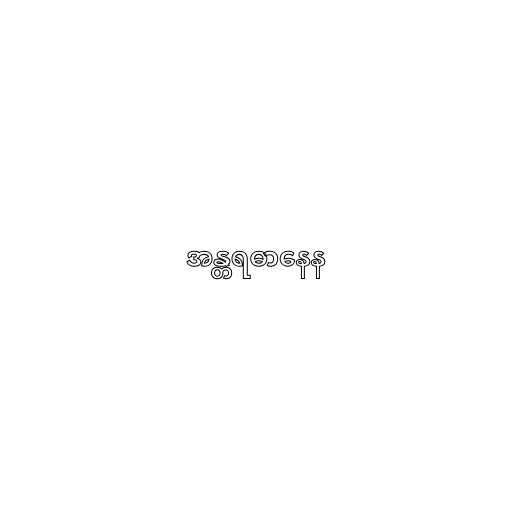
အန္တရဓာနေန